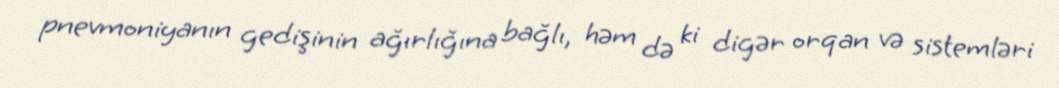
pnevmoniyanın gedişinin ağırlığına bağlı, həm də ki digər orqan və sistemləri